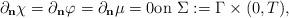
LaTeX: \begin{align*} \partial_{\bf{n}} \chi = \partial_{\bf{n}} \varphi = \partial_{\bf{n}} \mu = 0 \textrm{on $\Sigma:= \Gamma \times (0,T)$},\end{align*}